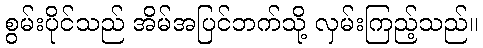
စွမ်းပိုင်သည် အိမ်အပြင်ဘက်သို့ လှမ်းကြည့်သည်။